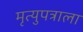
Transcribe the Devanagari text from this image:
मृत्युपत्राला